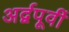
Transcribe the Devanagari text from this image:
अर्द्वपूर्वी